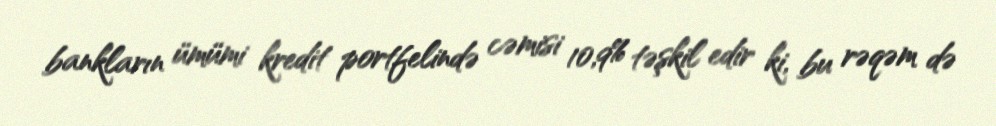
bankların ümümi kredit portfelində cəmisi 10,9% təşkil edir ki, bu rəqəm də